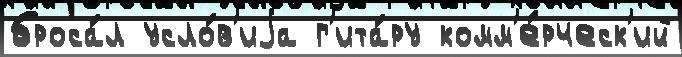
броса́л усло́в'иjа г'ита́ру комм'е́рческ'ий